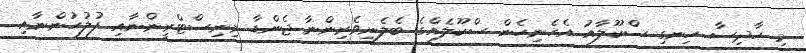
މި ހާދިސާ ހިނގި ސްކޫލާއު އެހެނިހެން ސްކޫލެއްގެ ބެލެނިވެރިންނާ ޖެންޑާ މިނިސްޓްރީންނާއި ފުލުހުންނާއި